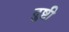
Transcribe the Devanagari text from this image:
दुष्टी